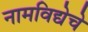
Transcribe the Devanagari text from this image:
नामविद्येचे